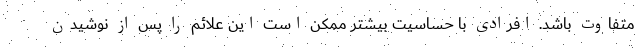
متفاوت باشد. افرادی با حساسیت بیشتر ممکن است این علائم را پس از نوشیدن